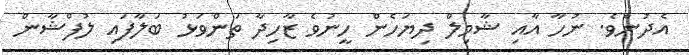
އެދުނެވެ. ނުހާ އާއި ޝާމިލް ދިޔަހެން ހީނުވެ ޒާހިދާ ތަންވަޅު ބަލާފައި ލުފްޝާން